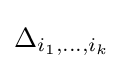
\Delta _{i_{1},\dots ,i_{k}}